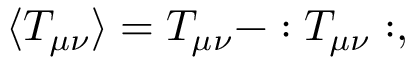
\langle T _ { \mu \nu } \rangle = T _ { \mu \nu } - : T _ { \mu \nu } : ,